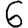
Digit: 6